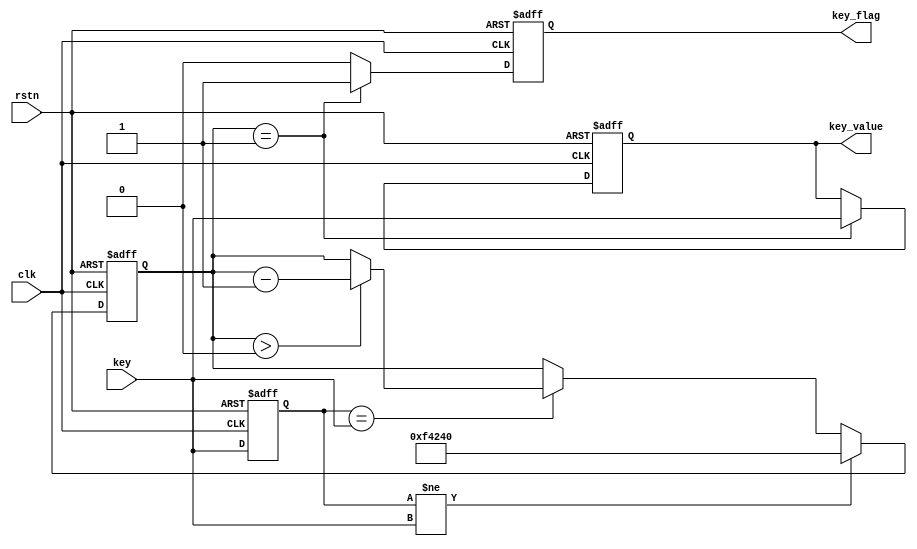
`timescale 1ns / 1ps
//////////////////////////////////////////////////////////////////////////////////
// Company: 
// Engineer: 
// 
// Design Name: 
// Module Name: _db
// Project Name: 
// Target Devices: 
// Tool Versions: 
// Description: 
// 
// Dependencies: 
// 
// Revision:
// Revision 0.01 - File Created
// Additional Comments:
// 
//////////////////////////////////////////////////////////////////////////////////


//key_debounce

module key_debounce(
    input clk,
input rstn,
input key,
output reg key_flag,
output reg key_value

);

reg [19:0] delay_cnt;
reg key_reg;

always@(posedge clk or negedge rstn)

begin
    if(!rstn)
        begin
            delay_cnt<=20'd0;
            key_reg<=1'b1;
        end
    else
        begin
            key_reg<=key;
            if(key_reg !=key)
            delay_cnt<=20'd1000000;
            else if(key_reg==key)
            if(delay_cnt>20'd0)
                delay_cnt<=delay_cnt-1'b1;
            else
                delay_cnt<=delay_cnt;
        end
end

always@(posedge clk or negedge rstn)
begin
    if(!rstn)
        begin
            key_flag<=1'b0;
            key_value<=1'b0;
        end
    else
        begin
            if(delay_cnt==20'd1)
                begin
                    key_value<=key;
                    key_flag<=1'b1;
                end
            else        
                begin
                    key_flag<=1'b0;
                    key_value<=key_value;
                end
        end
end

endmodule